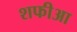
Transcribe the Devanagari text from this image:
शफीआ